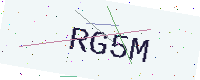
Text: RG5M